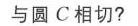
4. (甘肃天水中考) 如图 1 - 4 - 9，在平面直角坐标系中\(xOy\)中，抛物线\(y = ax^{2}-2ax - 3a\ (a < 0)\)与\(x\)轴交于\(A\)，\(B\)两点 (点\(A\)在点\(B\)左侧)，经过点\(A\)的直线\(l\)：\(y=kx + b\)与\(y\)轴负半轴交于点\(C\)，与抛物线的另一个交点为\(D\)，且\(CD = 4AC\)。
(1) 则\(A\)、\(B\)两点的坐标为  ，抛物线的对称轴为  ；
(2) 设\(P\)是抛物线对称轴上的一点，点\(Q\)在抛物线上，以点\(A\)、\(D\)、\(P\)、\(Q\)为顶点的四边形能否成为矩形？若能，求出点\(P\)的坐标；若不能，请说明理由。